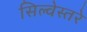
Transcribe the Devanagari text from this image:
सिल्वेस्तरे